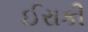
ઈરાકી